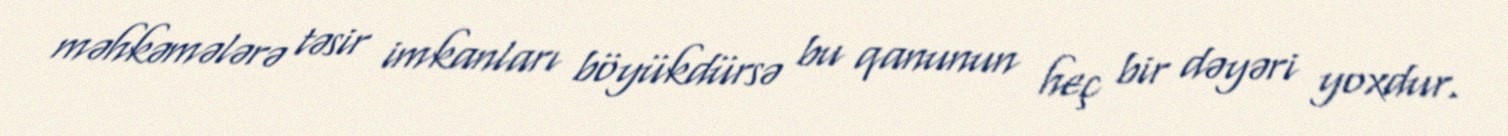
məhkəmələrə təsir imkanları böyükdürsə bu qanunun heç bir dəyəri yoxdur.